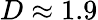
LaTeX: D\approx 1.9